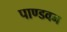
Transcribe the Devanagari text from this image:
पाण्डवन